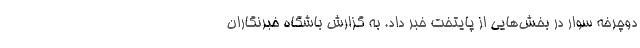
دوچرخه سوار در بخش‌هایی از پایتخت خبر داد. به گزارش باشگاه خبرنگاران